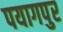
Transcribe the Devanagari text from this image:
पयागपुर